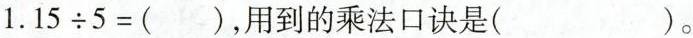
$$1.15/div5=()$$，用到的乘法口诀是( )。